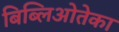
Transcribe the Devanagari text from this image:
बिब्लिओतेका